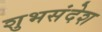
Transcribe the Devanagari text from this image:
शुभसंदेश